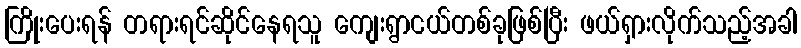
ကြိုးပေးရန် တရားရင်ဆိုင်နေရသူ ကျေးရွာငယ်တစ်ခုဖြစ်ပြီး ဖယ်ရှားလိုက်သည့်အခါ